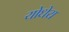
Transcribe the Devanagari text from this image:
योधेय